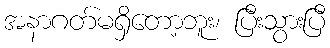
အနာဂတ်မရှိတော့ဘူး၊ ပြီးသွားပြီ